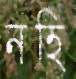
নহি